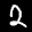
Label: 2